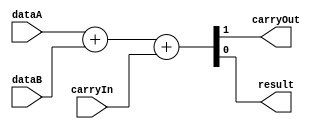
// This program was cloned from: https://github.com/RonnyA/nd-120
// License: MIT License

/******************************************************************************
 **                                                                          **
 ** Component : Adder                                                        **
 **                                                                          **
 *****************************************************************************/

module Adder( carryIn, carryOut, dataA, dataB, result );

   // Parameters are declared here
   parameter extendedBits = 1;
   parameter nrOfBits = 1;

   // Validate parameters
   initial begin
      if (nrOfBits <= 0) begin
         $display("Error: nrOfBits must be greater than 0.");
         $finish;
      end
      if (extendedBits <= 0) begin
         $display("Error: extendedBits must be greater than 0.");
         $finish;
      end
   end

   // Inputs using the parameters in their declarations
   input carryIn;
   input [nrOfBits-1:0] dataA;
   input [nrOfBits-1:0] dataB;

   // Outputs using the parameters in their declarations
   output reg carryOut;
   output reg [nrOfBits-1:0] result;

   // Combinational logic for addition
   always @* begin
      {carryOut, result} = dataA + dataB + carryIn;
   end

endmodule